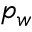
p _ { w }